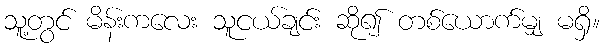
သူ့တွင် မိန်းကလေး သူငယ်ချင်း ဆို၍ တစ်ယောက်မျှ မရှိ။